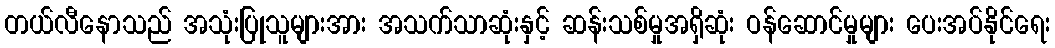
တယ်လီနောသည် အသုံးပြုသူများအား အသက်သာဆုံးနှင့် ဆန်းသစ်မှုအရှိဆုံး ဝန်ဆောင်မှုများ ပေးအပ်နိုင်ရေး